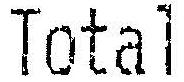
TOTAL